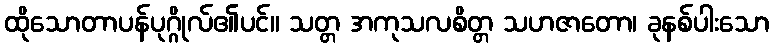
ထိုသောတာပန်ပုဂ္ဂိုလ်၏ပင်။ သတ္တ အကုသလစိတ္တ သဟဇာတော၊ ခုနစ်ပါးသော